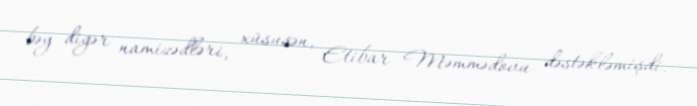
bəy digər namizədləri, xüsusən, Etibar Məmmədovu dəstəkləmişdi.